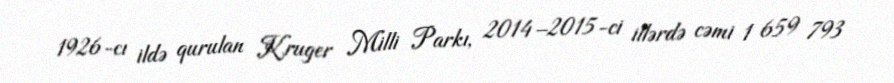
1926-cı ildə qurulan Kruger Milli Parkı, 2014–2015-ci illərdə cəmi 1 659 793